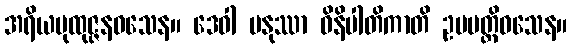
အရိယပုထုဇ္ဇနဝသေန။ ဒေဝါ မနုဿာ ဝိနိပါတိကာတိ ဥပပတ္တိဝသေန။